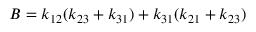
B = k _ { 1 2 } ( k _ { 2 3 } + k _ { 3 1 } ) + k _ { 3 1 } ( k _ { 2 1 } + k _ { 2 3 } )